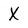
Character: X